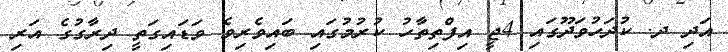
އަދި ދ. ކުދަހުވަދޫގައި 4ޖީ އިފްތިތާހު ކުރުމުގައި ބައިވެރިވެ ވަޑައިގަތީ ދިރާގުގެ އަރި